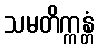
သမတိက္ကန္တံ